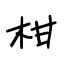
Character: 柑